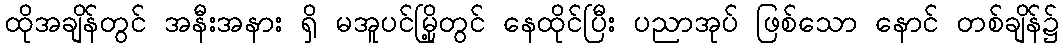
ထိုအချိန်တွင် အနီးအနား ရှိ မအူပင်မြို့တွင် နေထိုင်ပြီး ပညာအုပ် ဖြစ်သော နောင် တစ်ချိန်၌